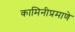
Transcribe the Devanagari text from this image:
कामिनीप्रमाणे